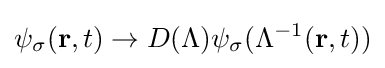
\psi _{\sigma }(\mathbf {r} ,t)\rightarrow D(\Lambda )\psi _{\sigma }(\Lambda ^{-1}(\mathbf {r} ,t))